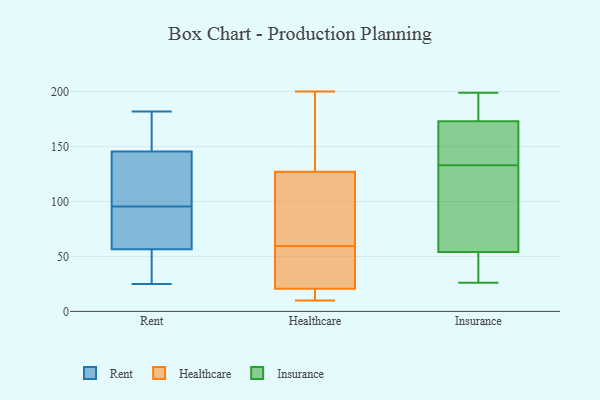
{"axis": {"x": "Waste Production (Tons)", "y": "Value"}, "legend": ["Healthcare", "Insurance", "Rent"], "data": [{"x": "", "y": 182, "type": "Rent"}, {"x": "", "y": 51, "type": "Rent"}, {"x": "", "y": 62, "type": "Rent"}, {"x": "", "y": 178, "type": "Rent"}, {"x": "", "y": 125, "type": "Rent"}, {"x": "", "y": 27, "type": "Rent"}, {"x": "", "y": 25, "type": "Rent"}, {"x": "", "y": 109, "type": "Rent"}, {"x": "", "y": 110, "type": "Rent"}, {"x": "", "y": 70, "type": "Rent"}, {"x": "", "y": 82, "type": "Rent"}, {"x": "", "y": 177, "type": "Rent"}, {"x": "", "y": 81, "type": "Rent"}, {"x": "", "y": 127, "type": "Rent"}, {"x": "", "y": 44, "type": "Rent"}, {"x": "", "y": 164, "type": "Rent"}, {"x": "", "y": 199, "type": "Healthcare"}, {"x": "", "y": 157, "type": "Healthcare"}, {"x": "", "y": 200, "type": "Healthcare"}, {"x": "", "y": 45, "type": "Healthcare"}, {"x": "", "y": 14, "type": "Healthcare"}, {"x": "", "y": 186, "type": "Healthcare"}, {"x": "", "y": 17, "type": "Healthcare"}, {"x": "", "y": 55, "type": "Healthcare"}, {"x": "", "y": 97, "type": "Healthcare"}, {"x": "", "y": 10, "type": "Healthcare"}, {"x": "", "y": 15, "type": "Healthcare"}, {"x": "", "y": 80, "type": "Healthcare"}, {"x": "", "y": 44, "type": "Healthcare"}, {"x": "", "y": 24, "type": "Healthcare"}, {"x": "", "y": 64, "type": "Healthcare"}, {"x": "", "y": 75, "type": "Healthcare"}, {"x": "", "y": 176, "type": "Insurance"}, {"x": "", "y": 72, "type": "Insurance"}, {"x": "", "y": 163, "type": "Insurance"}, {"x": "", "y": 195, "type": "Insurance"}, {"x": "", "y": 26, "type": "Insurance"}, {"x": "", "y": 46, "type": "Insurance"}, {"x": "", "y": 164, "type": "Insurance"}, {"x": "", "y": 116, "type": "Insurance"}, {"x": "", "y": 194, "type": "Insurance"}, {"x": "", "y": 118, "type": "Insurance"}, {"x": "", "y": 133, "type": "Insurance"}, {"x": "", "y": 199, "type": "Insurance"}, {"x": "", "y": 48, "type": "Insurance"}, {"x": "", "y": 164, "type": "Insurance"}, {"x": "", "y": 33, "type": "Insurance"}]}